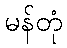
မန်တုံ